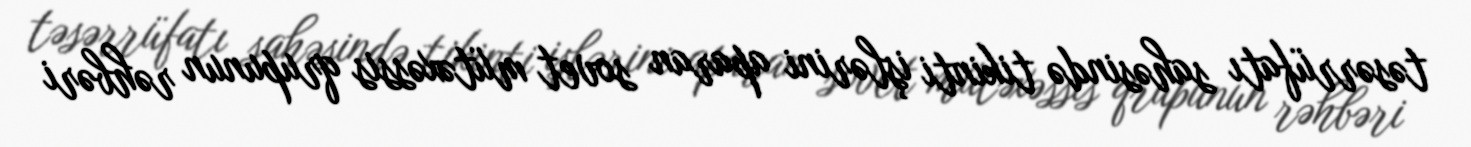
təsərrüfatı sahəsində tikinti işlərini aparan sovet mütəxəssis qrupunun rəhbəri